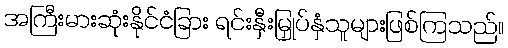
အကြီးမားဆုံးနိုင်ငံခြား ရင်းနှီးမြှုပ်နှံသူများဖြစ်ကြသည်။